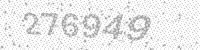
Solution: 276949